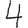
Digit: 4